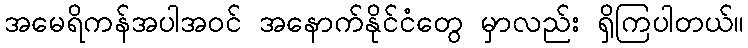
အမေရိကန်အပါအဝင် အနောက်နိုင်ငံတွေ မှာလည်း ရှိကြပါတယ်။